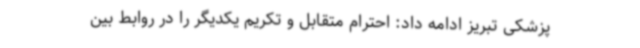
پزشکی تبریز ادامه داد: احترام متقابل و تکریم یکدیگر را در روابط بین